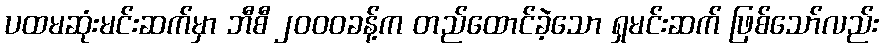
ပထမဆုံးမင်းဆက်မှာ ဘီစီ ၂၀၀၀ခန့်က တည်ထောင်ခဲ့သော ရှမင်းဆက် ဖြစ်သော်လည်း